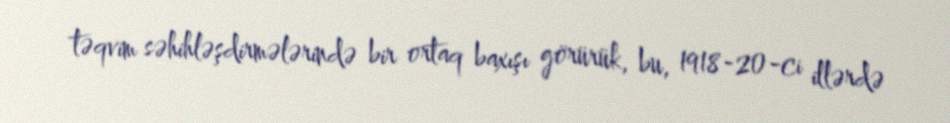
təqvim səhihləşdirmələrində bir ortaq baxışı görürük, bu, 1918-20-ci illərdə